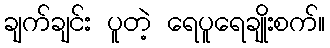
ချက်ချင်း ပူတဲ့ ရေပူရေချိုးစက်။